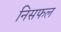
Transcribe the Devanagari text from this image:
निसफल